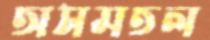
অসমতল